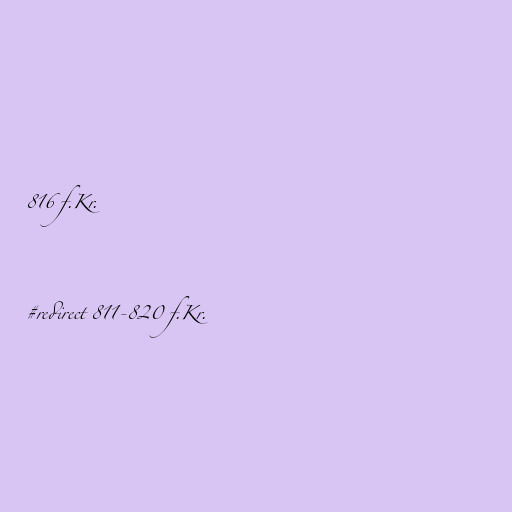
816 f.Kr.

#redirect 811-820 f.Kr.